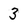
Character: 3